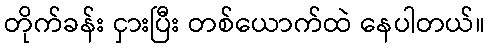
တိုက်ခန်း ငှားပြီး တစ်ယောက်ထဲ နေပါတယ်။